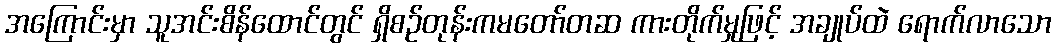
အကြောင်းမှာ သူအင်းစိန်ထောင်တွင် ရှိစဉ်တုန်းကမတော်တဆ ကားတိုက်မှုဖြင့် အချုပ်ထဲ ရောက်လာသော